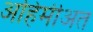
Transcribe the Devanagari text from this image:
अहिमीअत